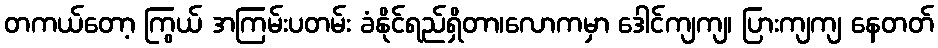
တကယ်တော့ ကြွယ် အကြမ်းပတမ်း ခံနိုင်ရည်ရှိတာ၊လောကမှာ ဒေါင်ကျကျ၊ ပြားကျကျ နေတတ်